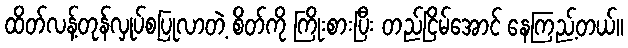
ထိတ်လန့်တုန်လှုပ်စပြုလာတဲ့ စိတ်ကို ကြိုးစားပြီး တည်ငြိမ်အောင် နေကြည့်တယ်။